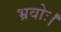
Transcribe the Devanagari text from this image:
भ्रवोः।